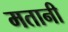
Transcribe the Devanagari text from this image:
मतानी